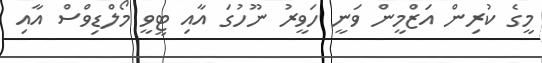
މީގެ ކުރިން އަޒްމީން ވަނީ ހަވީރު ނޫހުގަ އާއި ޓީވީ މޯލްޑިވްސް އާއި